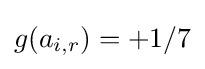
{\textstyle g(a_{i,r})=+1/7}